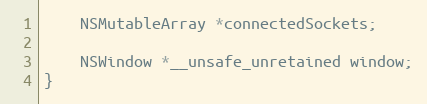
Language: C
	NSMutableArray *connectedSockets;

	NSWindow *__unsafe_unretained window;
}